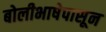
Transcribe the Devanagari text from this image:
बोलीभाषेपासून